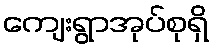
ကျေးရွာအုပ်စုရှိ